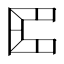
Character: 𠥓